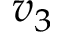
v _ { 3 }